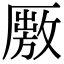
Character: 𠪭